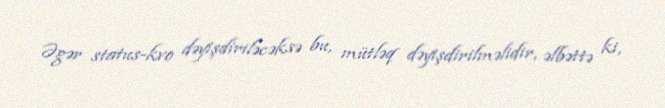
Əgər status-kvo dəyişdiriləcəksə bu, mütləq dəyişdirilməlidir, əlbəttə ki,